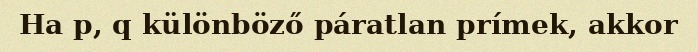
Ha p, q különböző páratlan prímek, akkor